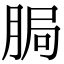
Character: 䏱